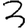
Digit: 3